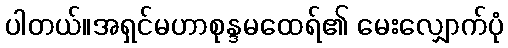
ပါတယ်။အရှင်မဟာစုန္ဒမထေရ်၏ မေးလျှောက်ပုံ